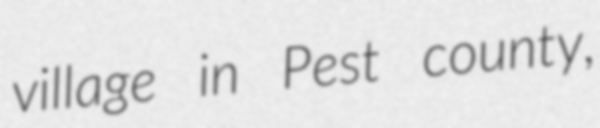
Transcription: village in Pest county,